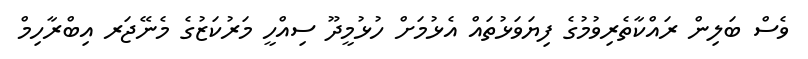
ވެސް ބަލިން ރައްކާތެރިވުމުގެ ފިޔަވަޅުތައް އެޅުމަށް ހުޅުމީދޫ ސިއްހީ މަރުކަޒުގެ މެނޭޖަރ އިބްރާހިމް